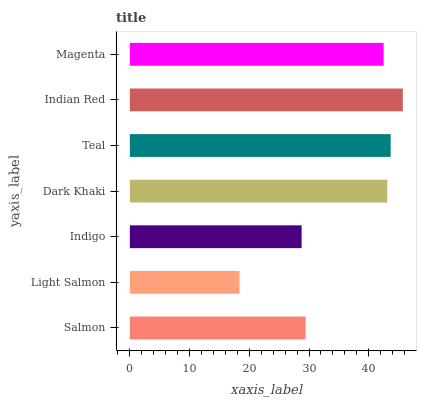
| yaxis_label | bars |
 | --- | --- |
 | Salmon | 29.4 |
 | Light Salmon | 18.4 |
 | Indigo | 28.8 |
 | Dark Khaki | 43.1 |
 | Teal | 43.7 |
 | Indian Red | 45.7 |
 | Magenta | 42.5 |